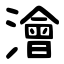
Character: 澮